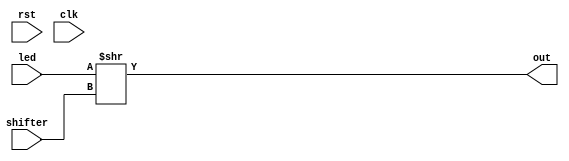
/*
   This file was generated automatically by Alchitry Labs version 1.2.1.
   Do not edit this file directly. Instead edit the original Lucid source.
   This is a temporary file and any changes made to it will be destroyed.
*/

module shiftled_16 (
    input rst,
    input clk,
    input [36:0] led,
    input [36:0] shifter,
    output reg [36:0] out
  );
  
  
  
  always @* begin
    out = 1'h0;
    out = led >> shifter;
  end
endmodule